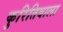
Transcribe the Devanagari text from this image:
कुरितिबाला